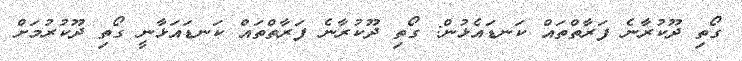
ގޯތި ދޫކުރާނެ ފަރާތްތައް ކަނޑައެޅުން: ގޯތި ދޫކުރާނެ ފަރާތްތައް ކަނޑައަޅާނީ ގޯތި ދޫކުރުމަށް